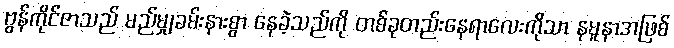
ဗွန်ကိုင်ဇာသည် မည်မျှခမ်းနားစွာ နေခဲ့သည်ကို တစ်ခုတည်းနေရာလေးကိုသာ နမူနာအဖြစ်